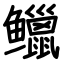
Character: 𫚭